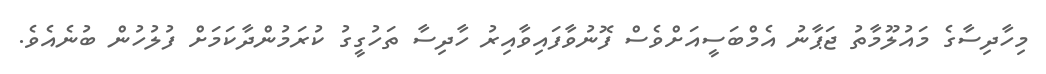
މިހާދިސާގެ މައުލޫމާތު ޖަޕާނު އެމްބަސީއަށްވެސް ފޮނުވާފައިވާއިރު ހާދިސާ ތަހުގީގު ކުރަމުންދާކަމަށް ފުލުހުން ބުނެއެވެ.